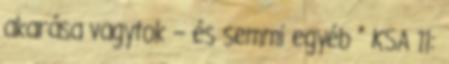
akarása vagytok – és semmi egyéb ” KSA 11: